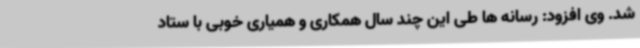
شد. وی افزود: رسانه ها طی این چند سال همکاری و همیاری خوبی با ستاد